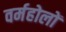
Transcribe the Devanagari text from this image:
वर्महोलों